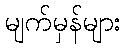
မျက်မှန်များ